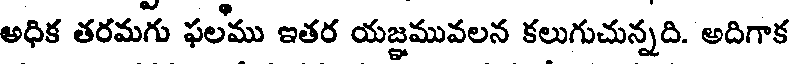
అధిక తరమగు ఫలము ఇతర యజ్ఞమువలన కలుగుచున్నది. అదిగాక